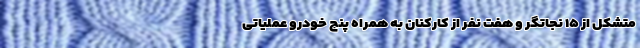
متشکل از ۱۵ نجاتگر و هفت نفر از کارکنان به همراه پنج خودرو عملیاتی